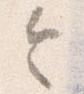
令